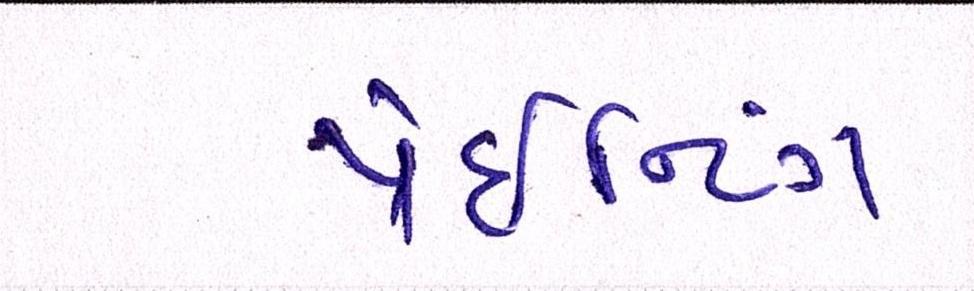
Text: પેઈન્ટિંગ